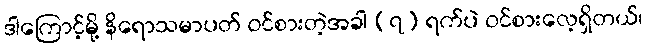
ဒါကြောင့်မို့ နိရောသမာပတ် ဝင်စားတဲ့အခါ (၇) ရက်ပဲ ဝင်စားလေ့ရှိတယ်၊